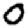
Digit: 0